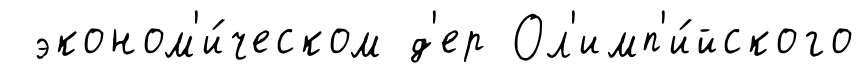
эконом'и́ческом д'ер Ол'имп'и́йского